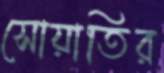
সোয়াতির